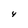
Character: 4